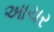
આચર